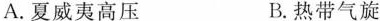
A.夏威夷高压 B.热带气旋